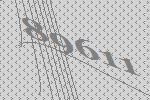
89611